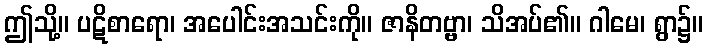
ဤသို့။ ပဋိစာရော၊ အပေါင်းအသင်းကို။ ဇာနိတဗ္ဗာ၊ သိအပ်၏။ ဂါမေ၊ ရွာ၌။